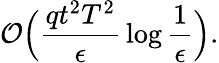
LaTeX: \mathcal{O}\Big(\frac{qt^{2}T^{2}}{\epsilon}\, \log\frac{1}{\epsilon}\Big).